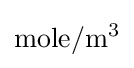
{\text{mole}}/{\text{m}}^{3}